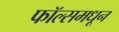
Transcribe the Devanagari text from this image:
फॉल्समधून